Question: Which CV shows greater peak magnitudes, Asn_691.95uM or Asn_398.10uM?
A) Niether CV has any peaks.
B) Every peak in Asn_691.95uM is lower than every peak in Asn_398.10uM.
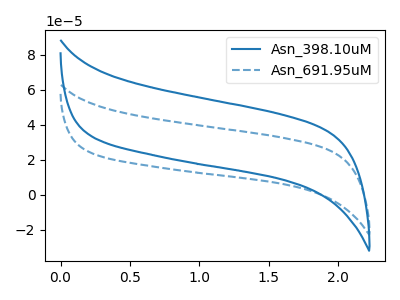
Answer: <think>The blue curve "Asn_398.10uM" has no peaks. The blue dashed curve "Asn_691.95uM" has no peaks.</think>
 <answer>A) Niether CV has any peaks.</answer>
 <eval>A</eval>